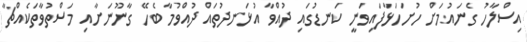
އިސްލާހު ގެނައުމަށް ހުށަހަޅާފައިވަނީ ކަނޑުގައި ދުއްވާ އުޅަނދުތައް ދުއްވުމާ ބެހޭ ގާނޫނަށާއި މަސްތުވާތަކެއްޗާ